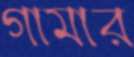
গামার